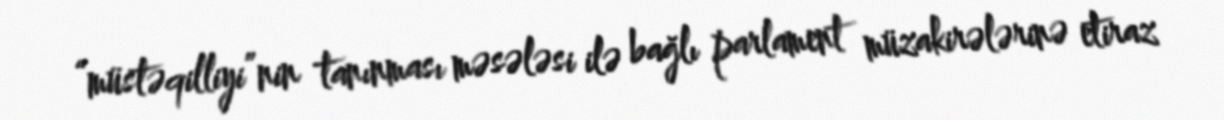
“müstəqilliyi”nin tanınması məsələsi ilə bağlı parlament müzakirələrinə etiraz